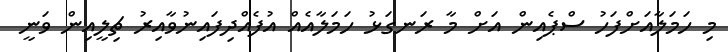
މި ހަމަލާއަށްފަހު ސްޕެއިން އަށް މާ ރަނގަޅު ހަމަލާއެއް އުފެއްދިފައިނުވާއިރު ޗިލީއިން ވަނީ